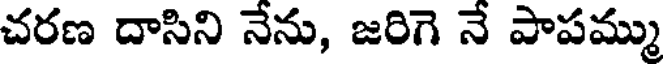
చరణ దాసిని నేను, జరిగె నే పాపమ్ము